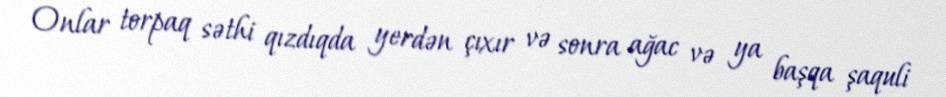
Onlar torpaq səthi qızdıqda yerdən çıxır və sonra ağac və ya başqa şaquli